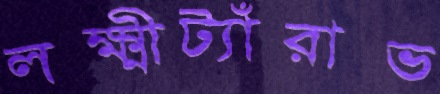
লক্ষ্মীট্যাঁরাভ